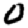
Digit: 0